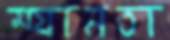
ম্যানতা